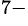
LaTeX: ^{7-}